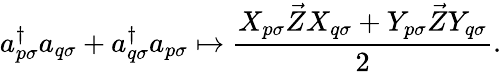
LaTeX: a_{p\sigma}^{\dagger}a_{q\sigma}+a_{q\sigma}^{\dagger}a_{p\sigma}\mapsto\frac{X_{p\sigma}\vec{Z}X_{q\sigma}+Y_{p\sigma}\vec{Z}Y_{q\sigma}}2.